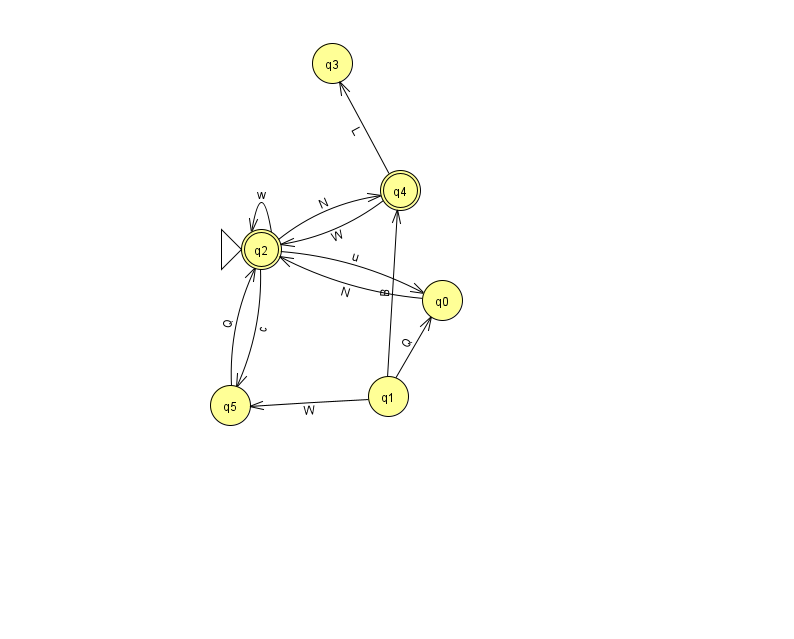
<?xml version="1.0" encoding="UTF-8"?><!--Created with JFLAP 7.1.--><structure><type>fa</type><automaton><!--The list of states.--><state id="0" name="q0"><x>442.0</x><y>287.0</y></state><state id="1" name="q1"><x>388.0</x><y>383.0</y></state><state id="2" name="q2"><x>261.0</x><y>236.0</y><initial/><final/></state><state id="3" name="q3"><x>332.0</x><y>50.0</y></state><state id="4" name="q4"><x>400.0</x><y>177.0</y><final/></state><state id="5" name="q5"><x>230.0</x><y>392.0</y></state><!--The list of transitions.--><transition><from>1</from><to>5</to><read>W</read></transition><transition><from>2</from><to>5</to><read>c</read></transition><transition><from>5</from><to>2</to><read>Q</read></transition><transition><from>0</from><to>2</to><read>N</read></transition><transition><from>4</from><to>2</to><read>W</read></transition><transition><from>1</from><to>4</to><read>B</read></transition><transition><from>2</from><to>2</to><read>w</read></transition><transition><from>4</from><to>3</to><read>L</read></transition><transition><from>1</from><to>0</to><read>Q</read></transition><transition><from>2</from><to>0</to><read>u</read></transition><transition><from>2</from><to>4</to><read>N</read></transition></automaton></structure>